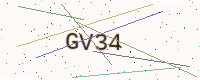
Text: GV34